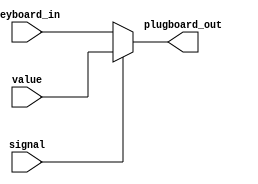
`timescale 1ns / 1ps
//////////////////////////////////////////////////////////////////////////////////
// Company: 
// Engineer: 
// 
// Create Date: 
// Design Name: 
// Module Name: plugboard
// Project Name: 
// Target Devices: 
// Tool Versions: 
// Description: 
// 
// Dependencies: 
// 
// Revision:
// Revision 0.01 - File Created
// Additional Comments:
// 
//////////////////////////////////////////////////////////////////////////////////


module plugboard(
signal,
keyboard_in,
value,
plugboard_out
    );
input [15:0] keyboard_in;
input [15:0] value;
input signal;
output reg [15:0] plugboard_out;


always@(*)begin
if(signal)begin
plugboard_out = value;
end
else
plugboard_out = keyboard_in;
end



endmodule